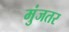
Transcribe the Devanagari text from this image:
मुंजतर